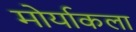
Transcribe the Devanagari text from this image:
मोर्याकला